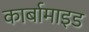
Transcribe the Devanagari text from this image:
कार्बामाइड